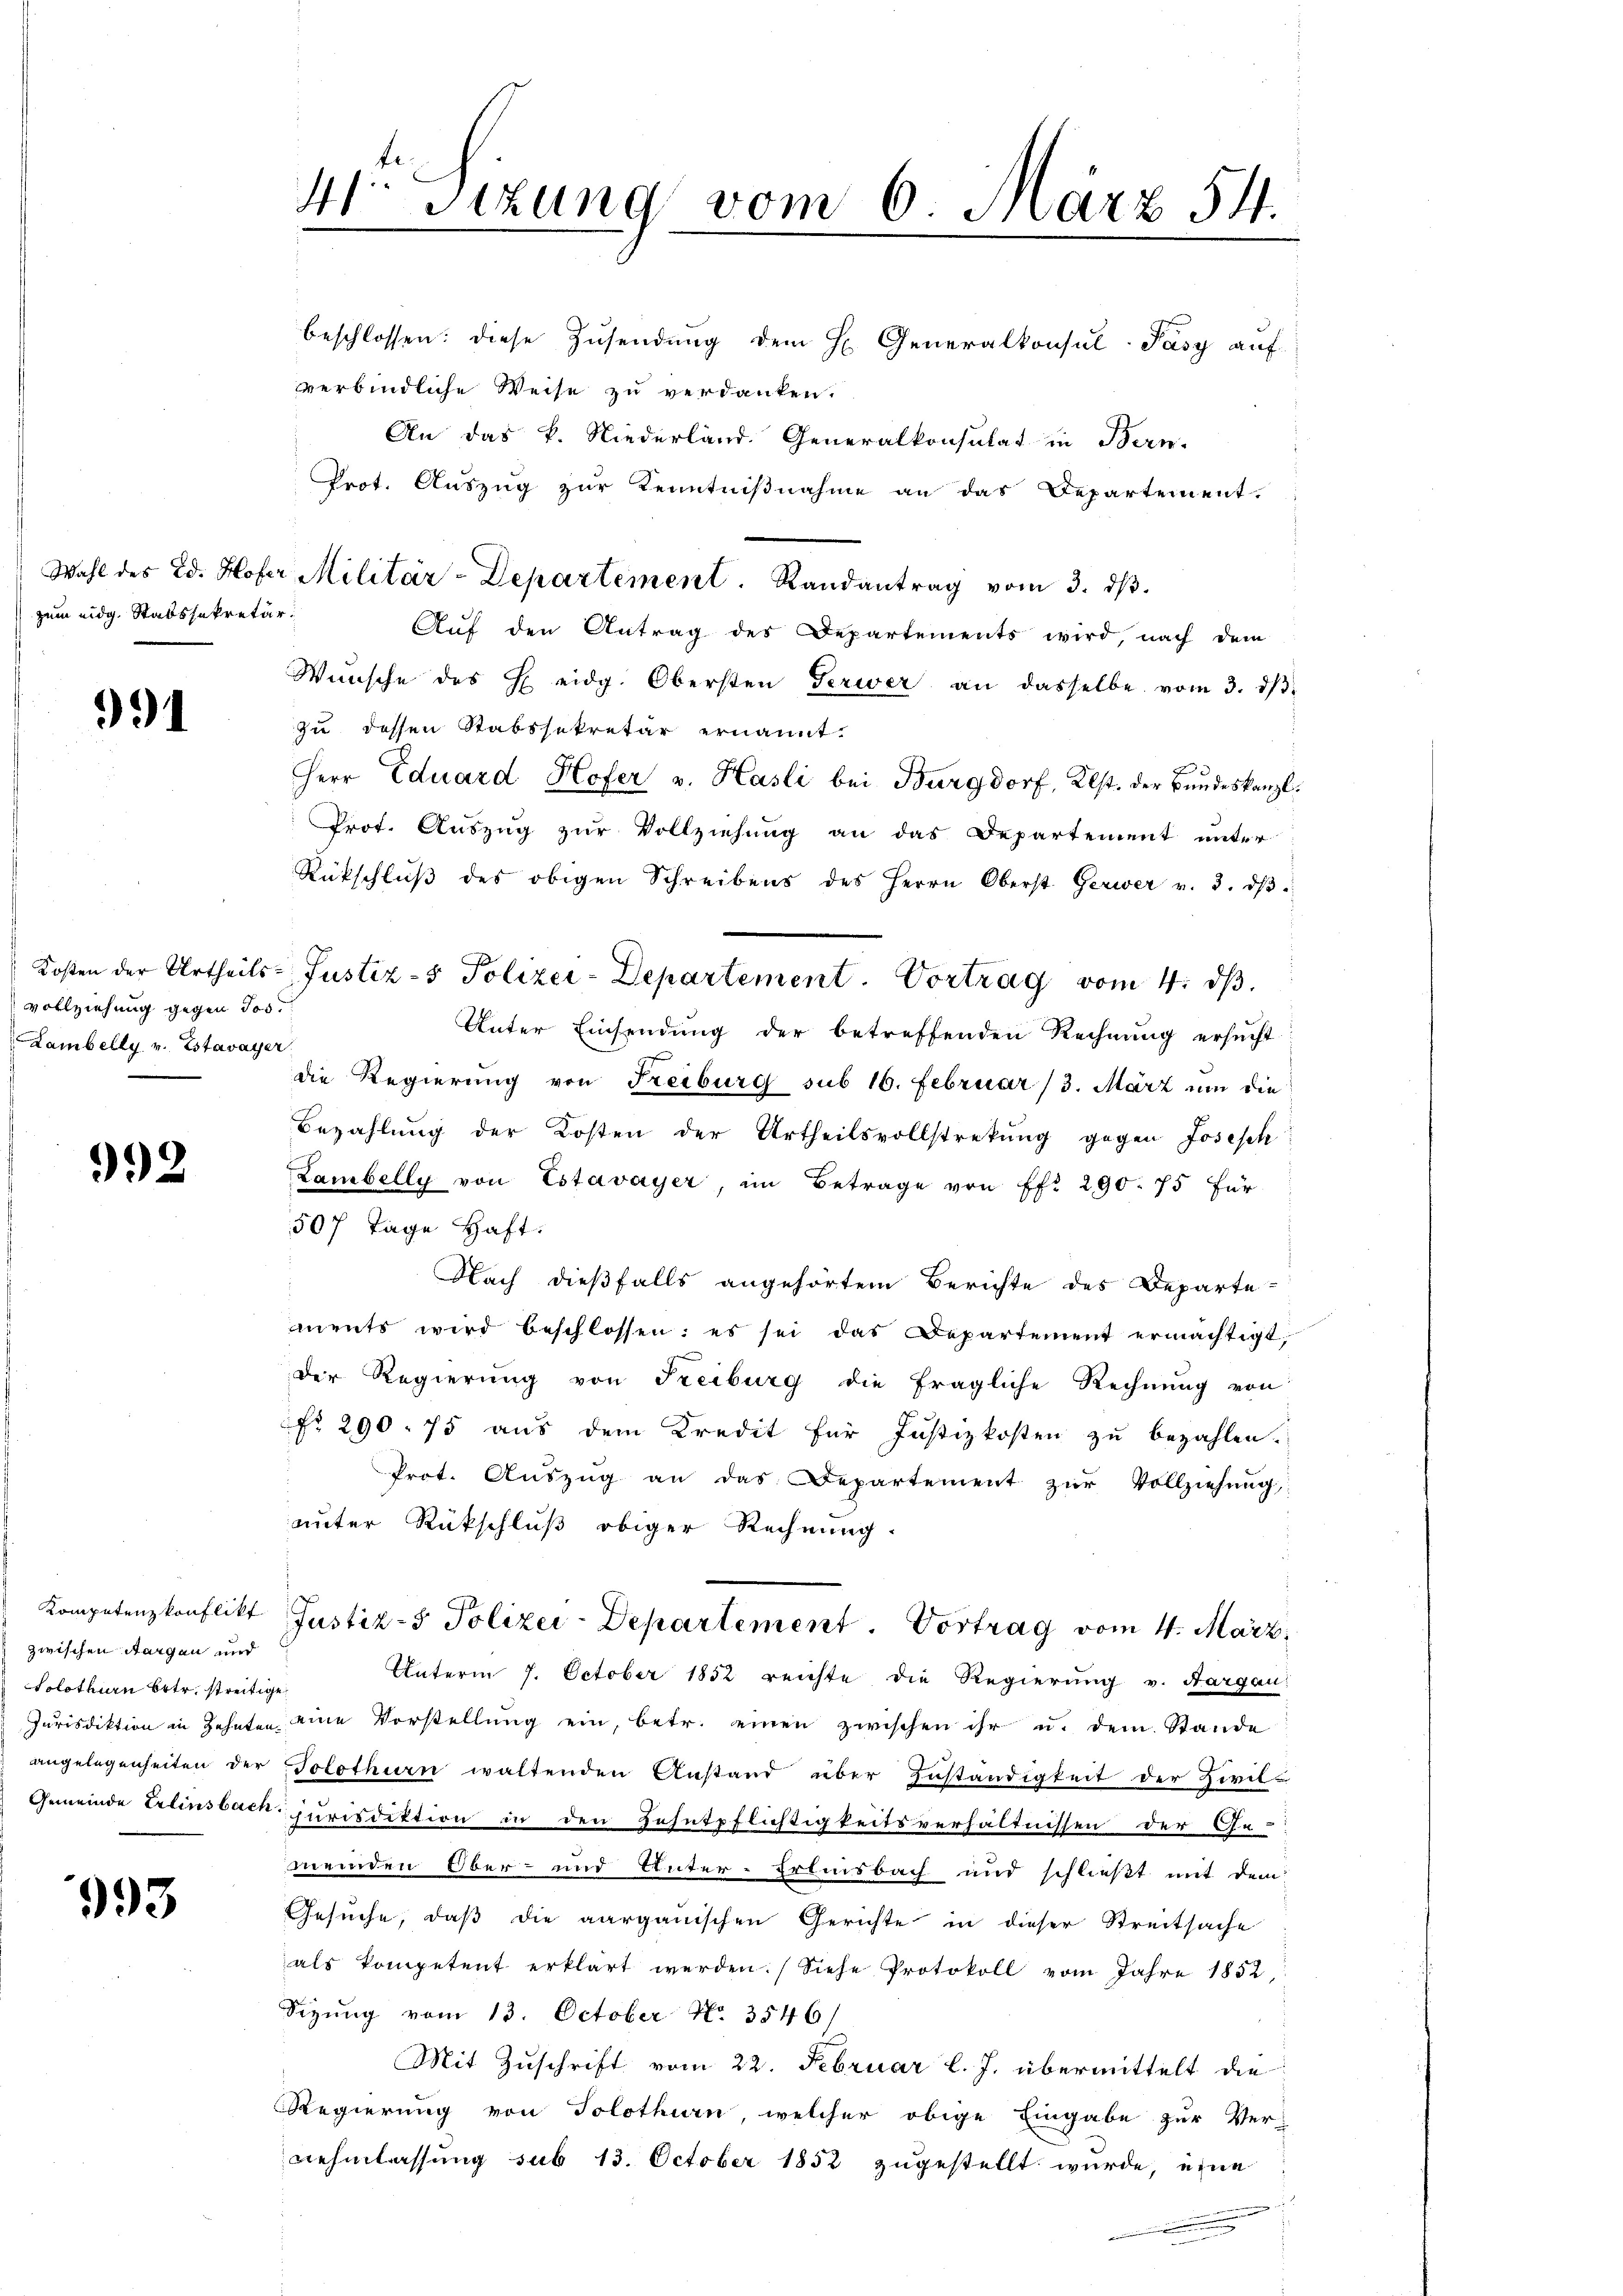
zum eidg. Stabssekretär.

991

vollziehung gegen Jos.
Lambelly v. Estavayer.

992

zwischen Aargau und
Solothurn betr. streitige

993

beschlossen: diese Zusendung dem H. Generalkonsul-Pasy auf
verbindliche Weise zu verdanken.
An das k. Niederland. Generalkonsulat in Bern,
Prot. Auszug zur Kenntnißnahme an das Departement.
Auf den Antrag des Departements wird, nach dem
Wünsche des H eidg. Obersten Gerwer an dasselbe vom 3. dβ.
zu dessen Stabssekretär ernannt.
Herr Eduard Hofer v. Hasli bei Burgdorf, Klst. der Bundeskanzl.
Prot. Auszug zur Vollziehung an das Departement unter
Rückschlŭβ des obigen Schreibens des Herrn Oberst Gerwer v. 3. dβ
Kosten der Urtheils-Justiz- & Polizei-Departement. Vortrag vom 4. d.
Unter Einsendung der betreffenden Rechnung ersucht
die Regierung von Freiburg sub 16. Februar /3. März um die
Bezahlung der Kosten der Urtheilsvollstrekŭng gegen Joseph
Lambelly von Estavayer, im Betrage von Pfr. 290. 75 für
507 Tage Haft
Nach dießfalls angehörtem Berichte des Departe
ments wird beschlossen: es sei das Departement ermächtigt,
Der Regierung von Freiburg die fragliche Rechnung von
No 290. 75 aus dem Kredit für Justizkosten zu bezahlen.
Prot. Aŭszŭg an das Departement zŭr Vollziehŭng
unter Rückschluß obiger Rechnung.
Kompetenzkonflikt Justiz- & Polizei-Departement. Vortrag vom 4. März
Unterm 7. October 1852 reichte die Regierung v. Aargau:
Jurisdiktion in Zehnten eine Vorstellŭng ein, betr. einen zwischen ihr u. dem Stande
angelegenheiten der Solothurn waltenden Anstand über Zuständigkeit der Zivil-
.
Gemeinde Erlinsbach jurisdiktion in den Zehntpflichtigkeitsverhältnissen der Ge-
meinden Ober- und Unter-Erlinsbach und schließt mit dem
Gesuche, daß die aargauischen Gerichte in dieser Streitsache
als kompetent erklärt werden. Siehe Protokoll vom Jahre 1852,
Sizung vom 13. October No. 3546/
Mit Zuschrift vom 22. Februar l. J. übermittelt die
Regierung von Solothurn, welcher obige Eingabe zur Ver-
nehmlassung sub 13. October 1852 zugestellt wurde, eine

4o Sizung vom 6. März 54.

Wahl des Ed. Hofer Militär-Departement. Randantrag vom 3. dβ.